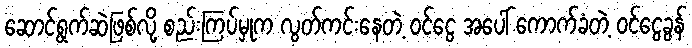
ဆောင်ရွက်ဆဲဖြစ်လို့ စည်းကြပ်မှုက လွတ်ကင်းနေတဲ့ ဝင်ငွေ အပေါ် ကောက်ခံတဲ့ ဝင်ငွေခွန်